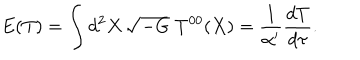
E ( T ) = \int d ^ { 2 } X \, \sqrt { - G } \; T ^ { 0 0 } ( X ) = \frac { 1 } { \alpha ^ { \prime } } \frac { d T } { d \tau } .